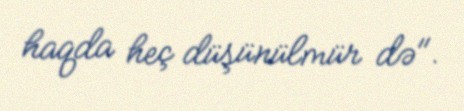
haqda heç düşünülmür də".